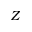
Z